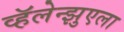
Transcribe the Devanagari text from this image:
व्हॅलेन्झुएला